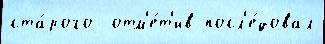
ста́рого  отм'е́т'ив посл'е́довал